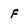
Character: f